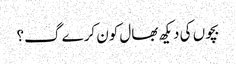
بچوں کی دیکھ بھال کون کرے گ؟